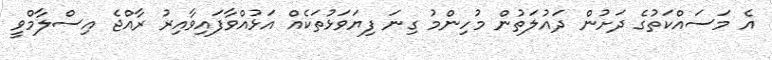
އެ މަސައްކަތުގެ ދަށުން ދައުލަތުން މުހިންމު ގިނަ ފިޔަވަޅުތަކެއް އަޅުއްވާފައިވާއިރު ރާއްޖެ އިސްލާމްވީ